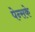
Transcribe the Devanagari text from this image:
पेन्सके